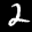
Label: 2